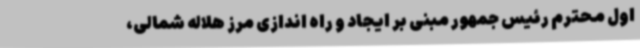
اول محترم رئیس جمهور مبنی بر ایجاد و راه اندازی مرز هلاله شمالی،